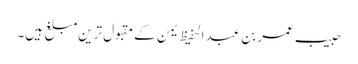
حبیب عمر بن عبد الحفیظ یمن کے مقبول ترین مبلغ ہیں۔